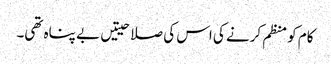
کام کو منظم کرنے کی اس کی صلاحیتیں بے پناہ تھی۔